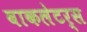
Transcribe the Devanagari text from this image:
वाकलेटर्स